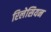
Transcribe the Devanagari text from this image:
रिलेसियन